Lunatic asylums in Bengal annual reports 1899-1911 - 1899-1911
Year: 1899
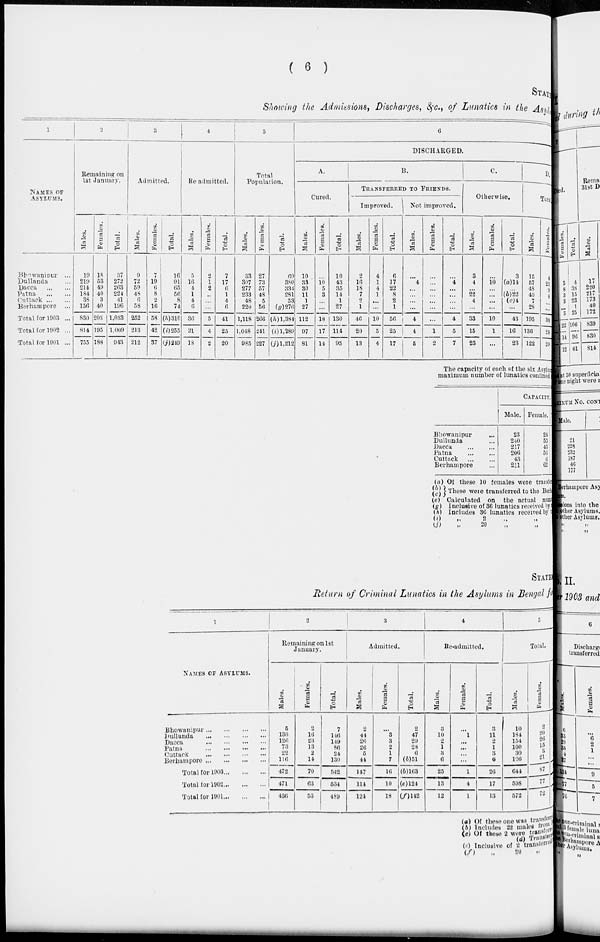
( 6 )
STATEMENT
Showing the Admissions, Discharges, &c., of Lunatics in the Asylums
1
NAMES OF
ASYLUMS.
Bhowanipur ...
Dullanda ...
Dacca
...
...
Patna
...
...
Cuttack ... ...
Berhampore ...
Total for 1903 ...
Total for 1902 ...
Total for 1901 ...
2
Remaining on
1st January.
Males.
19
219
214
184
38
156
830
814
755
Females.
18
53
49
40
3
40
203
195
188
Total.
37
272
263
224
41
196
1,033
1,009
943
3
Admitted.
Males.
9
72
59
48
6
58
252
213
212
Females.
7
19
6
8
2
16
58
42
37
Total.
16
91
65
56
8
74
(h)310
(i)255
(j)249
4
Re-admitted.
Males.
5
16
4
1
4
6
36
21
18
Females.
2
1
2
...
...
...
5
4
2
Total.
7
17
6
1
4
6
41
25
20
5
Total
Population.
Males.
33
307
277
233
48
220
1,118
1,048
985
Females.
27
73
57
48
5
56
266
241
227
Total.
60
380
334
281
53
(g)276
(h)1,384
(i)1,289
(j)1,212
6
DISCHARGED.
A.
Cured.
Males.
10
33
30
11
1
27
112
97
81
Females.
...
10
5
3
...
...
18
17
14
Total.
10
43
35
14
1
27
130
114
95
B.
TRANSFERRED TO FRIENDS.
Improved.
Males.
2
16
18
7
2
1
46
20
13
Females.
4
1
4
1
...
...
10
5
4
Total.
6
17
22
8
2
1
56
25
17
Not improved.
Males.
...
4
...
...
...
...
4
4
5
Females.
...
...
...
...
...
...
...
1
2
Total.
...
4
...
...
...
...
4
5
7
C.
Otherwise.
Males.
3
4
...
22
4
...
33
15
23
Females.
...
10
...
...
...
...
10
1
...
Total.
3
(a)14
...
(b)22
(c)4
...
43
16
23
D.
Total.
Males.
15
57
48
40
7
28
195
136
122
Females.
4
21
9
4
...
...
38
24
20
The capacity of each of the six Asyl um
maximum number of lunatics confined
Bhowanipur ...
Dullunda ...
Dacca ... ...
Patna
...
...
Cuttuck
...
...
Berhampore ...
CAPACITY.
Male.
23
240
217
206
43
211
Female.
24
55
45
56
6
62
(a) Of these 10 females were transferred.
(b)
(c)
(c)
(g)
(h)
(i)
(j)
These were transferred to the Berhampore
Calculated on the actual number of
Inclusive of 36 lunatics received by
Includes 36 lunatics received by
„ 2 „ „
„ 20 „ „
STATEMENT
Return of Criminal Lunatics in the Asylums in Bengal for
1
NAMES OF ASYLUMS.
Bhowanipur ... ... ... ...
Dullunda
...
...
...
...
Dacca
...
...
...
...
Patna
...
...
...
...
Cuttack
...
...
...
...
Berhampore
...
...
...
...
Total for 1903 ... ... ...
Total for 1902 ... ... ...
Total for 1901 ... ... ... ...
2
Remaining on 1st
January.
Males.
5
130
126
73
22
116
472
471
436
Females.
2
16
23
13
2
14
70
63
53
Total.
7
146
149
86
24
130
542
534
489
3
Admitted.
Males.
2
44
26
26
5
44
147
114
124
Females.
...
3
3
2
1
7
16
10
18
Total.
2
47
29
28
6
(b)51
(b)163
(e)124
(f)142
4
Re-admitted.
Males.
3
10
2
1
3
6
25
13
12
Females.
...
1
...
...
...
...
1
4
1
Total.
3
11
2
1
3
6
26
17
13
5
Total.
Males.
10
184
154
100
30
166
644
598
572
Females.
2
20
26
15
3
21
87
77
72
(a) Of these one was transferred
(b) Includes 22 males from
(c) Of these 2 were transferred
(d) Transferred
(e) Inclusive of 2 transferred
(f)
„ 20 „